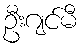
ဦးဂျင်မီ